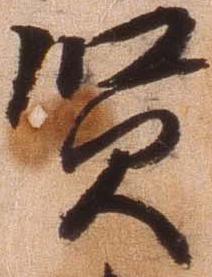
賢